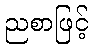
ညစာဖြင့်